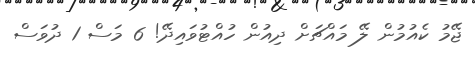
ޖޭމު ކެއުމުން ލޭ މައްޗަށް ދިއުން ހުއްޓުވައިދޭ! 6 މަސް 1 ދުވަސް